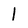
Character: l